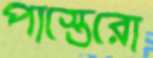
পাস্তেরো